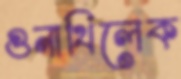
গুনাথিলেক